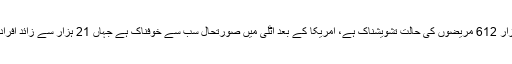
دنیا بھرمیں 51 ہزار 612 مریضوں کی حالت تشویشناک ہے، امریکا کے بعد اٹلی میں صورتحال سب سے خوفناک ہے جہاں 21 ہزار سے زائد افراد لقمہ اجل بن گئے۔